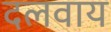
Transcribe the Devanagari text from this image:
दलवाय